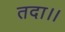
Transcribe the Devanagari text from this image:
तदा।।